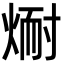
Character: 𪹅